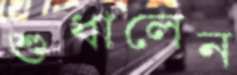
শুধালেন